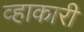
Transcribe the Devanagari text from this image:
व्हाकारी